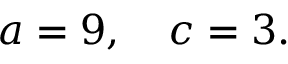
\begin{array} { r } { a = 9 , \quad c = 3 . } \end{array}